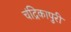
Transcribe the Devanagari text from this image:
चंद्रिकापुरी